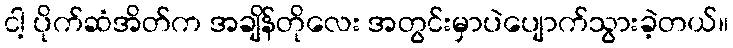
ငါ့ ပိုက်ဆံအိတ်က အချိန်တိုလေး အတွင်းမှာပဲပျောက်သွားခဲ့တယ်။